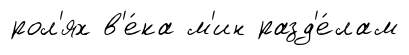
рол'ях в'е́ка м'ин разд'е́лам